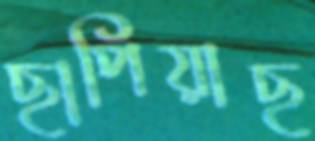
ছাপিয়াছ